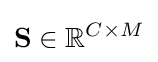
\mathbf {S} \in \mathbb {R} ^{C\times M}